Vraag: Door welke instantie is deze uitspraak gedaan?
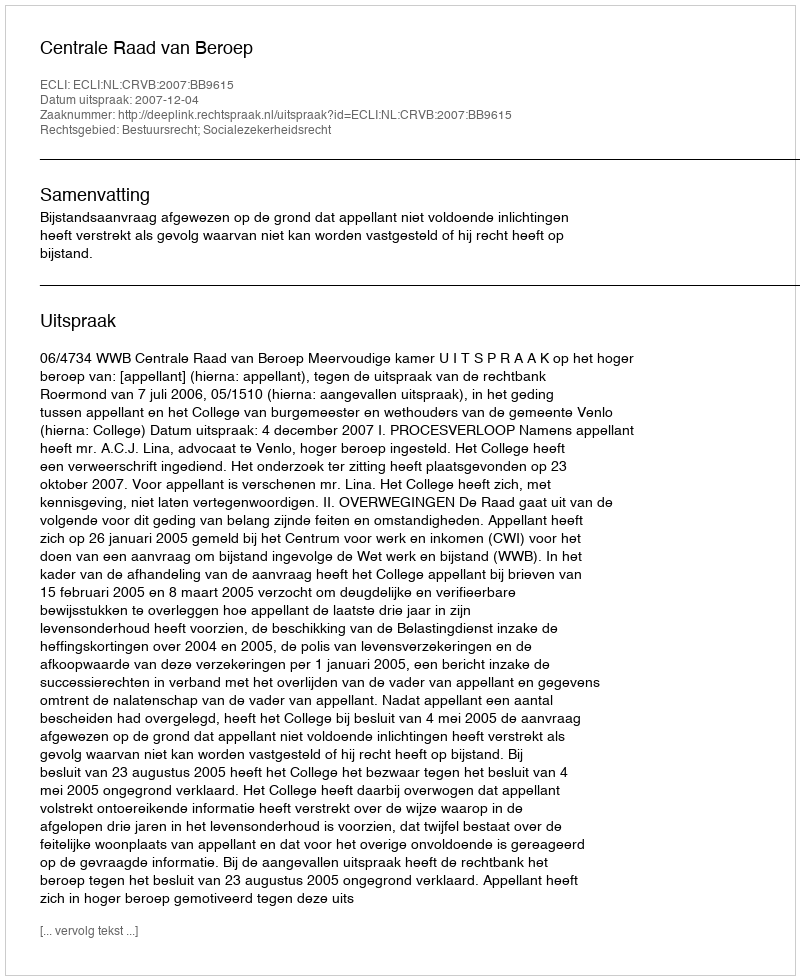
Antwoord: Centrale Raad van Beroep